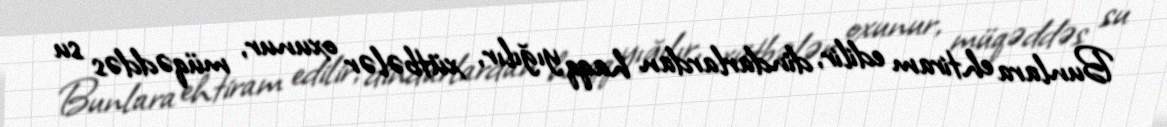
Bunlara ehtiram edilir, dindarlardan haqq yığılır, xütbələr oxunur, müqəddəs su